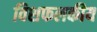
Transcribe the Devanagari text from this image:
विशफलकीय